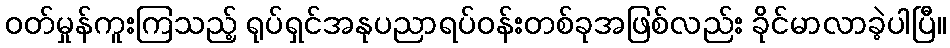
ဝတ်မှုန်ကူးကြသည့် ရုပ်ရှင်အနုပညာရပ်ဝန်းတစ်ခုအဖြစ်လည်း ခိုင်မာလာခဲ့ပါပြီ။